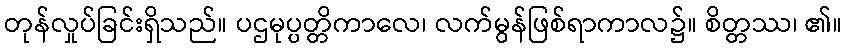
တုန်လှုပ်ခြင်းရှိသည်။ ပဌမုပ္ပတ္တိကာလေ၊ လက်မွန်ဖြစ်ရာကာလ၌။ စိတ္တဿ၊ ၏။